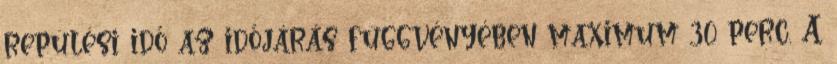
repülési idő az időjárás függvényében maximum 30 perc. A